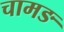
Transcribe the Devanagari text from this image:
चामङ